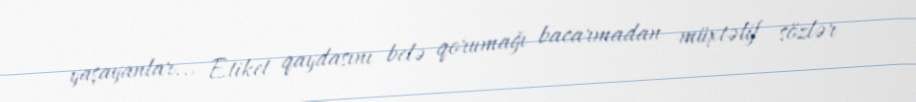
yaşayanlar... Etiket qaydasını belə qorumağı bacarmadan müxtəlif sözlər